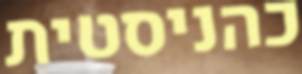
כהניסטית